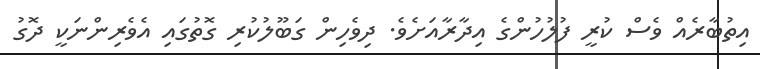
އިތުބާރެއް ވެސް ކުރީ ފުލުހުންގެ އިދާރާއަށެވެ. ދިވެހިން ގަބޫލުކުރި ގޮތުގައި އެވެރިންނަކީ ދޮގު